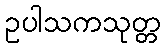
ဥပါသကသုတ္တ